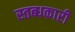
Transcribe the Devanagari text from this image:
स्‍तब्‍धकारी